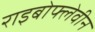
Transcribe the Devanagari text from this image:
राइबोफ्लेवीन